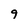
Character: 9